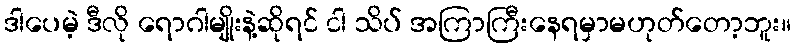
ဒါပေမဲ့ ဒီလို ရောဂါမျိုးနဲ့ဆိုရင် ငါ သိပ် အကြာကြီးနေရမှာမဟုတ်တော့ဘူး။